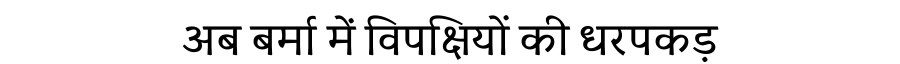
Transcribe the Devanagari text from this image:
अब बर्मा में विपक्षियों की धरपकड़